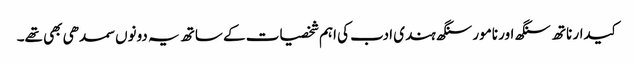
کیدار ناتھ سنگھ اور نامور سنگھ ہندی ادب کی اہم شخصیات کے ساتھ یہ دونوں سمدھی بھی تھے۔